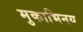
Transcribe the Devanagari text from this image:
मुकाभिनय